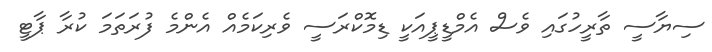
ސިޔާސީ ތާރީހުގައި ވެސް އެމްޑީޕީއަކީ ޑިމޮކްރަސީ ވެރިކަމެއް އެންމެ ފުރަތަމަ ކުރާ ޕާޓީ